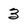
Character: 3